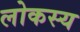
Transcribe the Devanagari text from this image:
लोकस्य